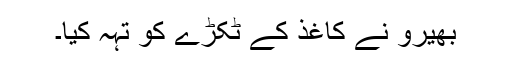
بھیرو نے کاغذ کے ٹکڑے کو تہہ کیا۔